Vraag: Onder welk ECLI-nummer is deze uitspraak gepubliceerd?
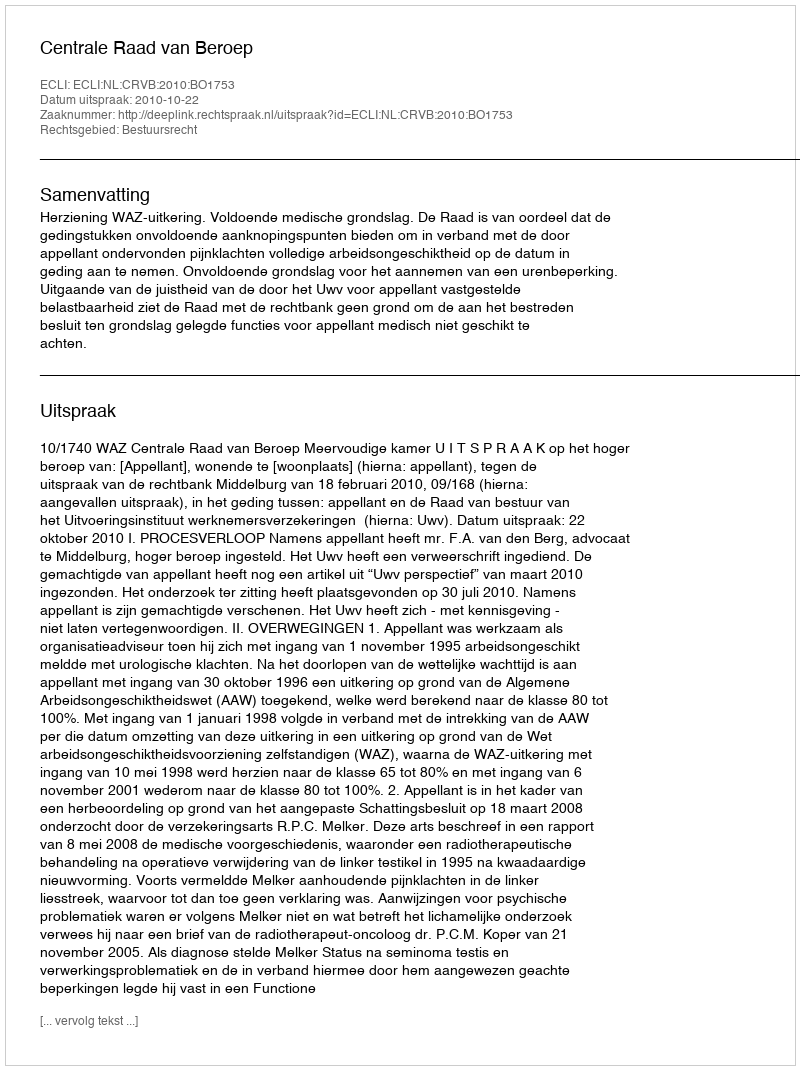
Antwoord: ECLI:NL:CRVB:2010:BO1753